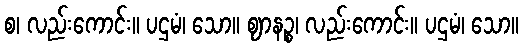
စ၊ လည်းကောင်း။ ပဌမံ၊ သော။ ဈာနဉ္စ၊ လည်းကောင်း။ ပဌမံ၊ သော။